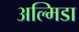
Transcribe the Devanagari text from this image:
अल्मिडा